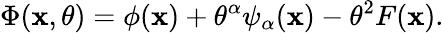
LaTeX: \Phi(\mathbf{x},\theta)=\phi(\mathbf{x})+\theta^{\alpha}\psi_{\alpha}(\mathbf{x})-\theta^{2}F(\mathbf{x}).